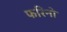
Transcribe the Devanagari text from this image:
फरिनो